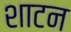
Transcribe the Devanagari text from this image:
शाटन